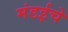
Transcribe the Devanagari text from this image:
मंडईचे